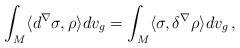
LaTeX: \begin{align*}\int_M\langle d^\nabla \sigma ,\rho \rangle dv_g=\int_M\langle\sigma ,\delta ^\nabla \rho\rangle dv_g\, , \end{align*}